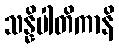
သန္နိပါတိကာနိ